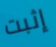
إثبت